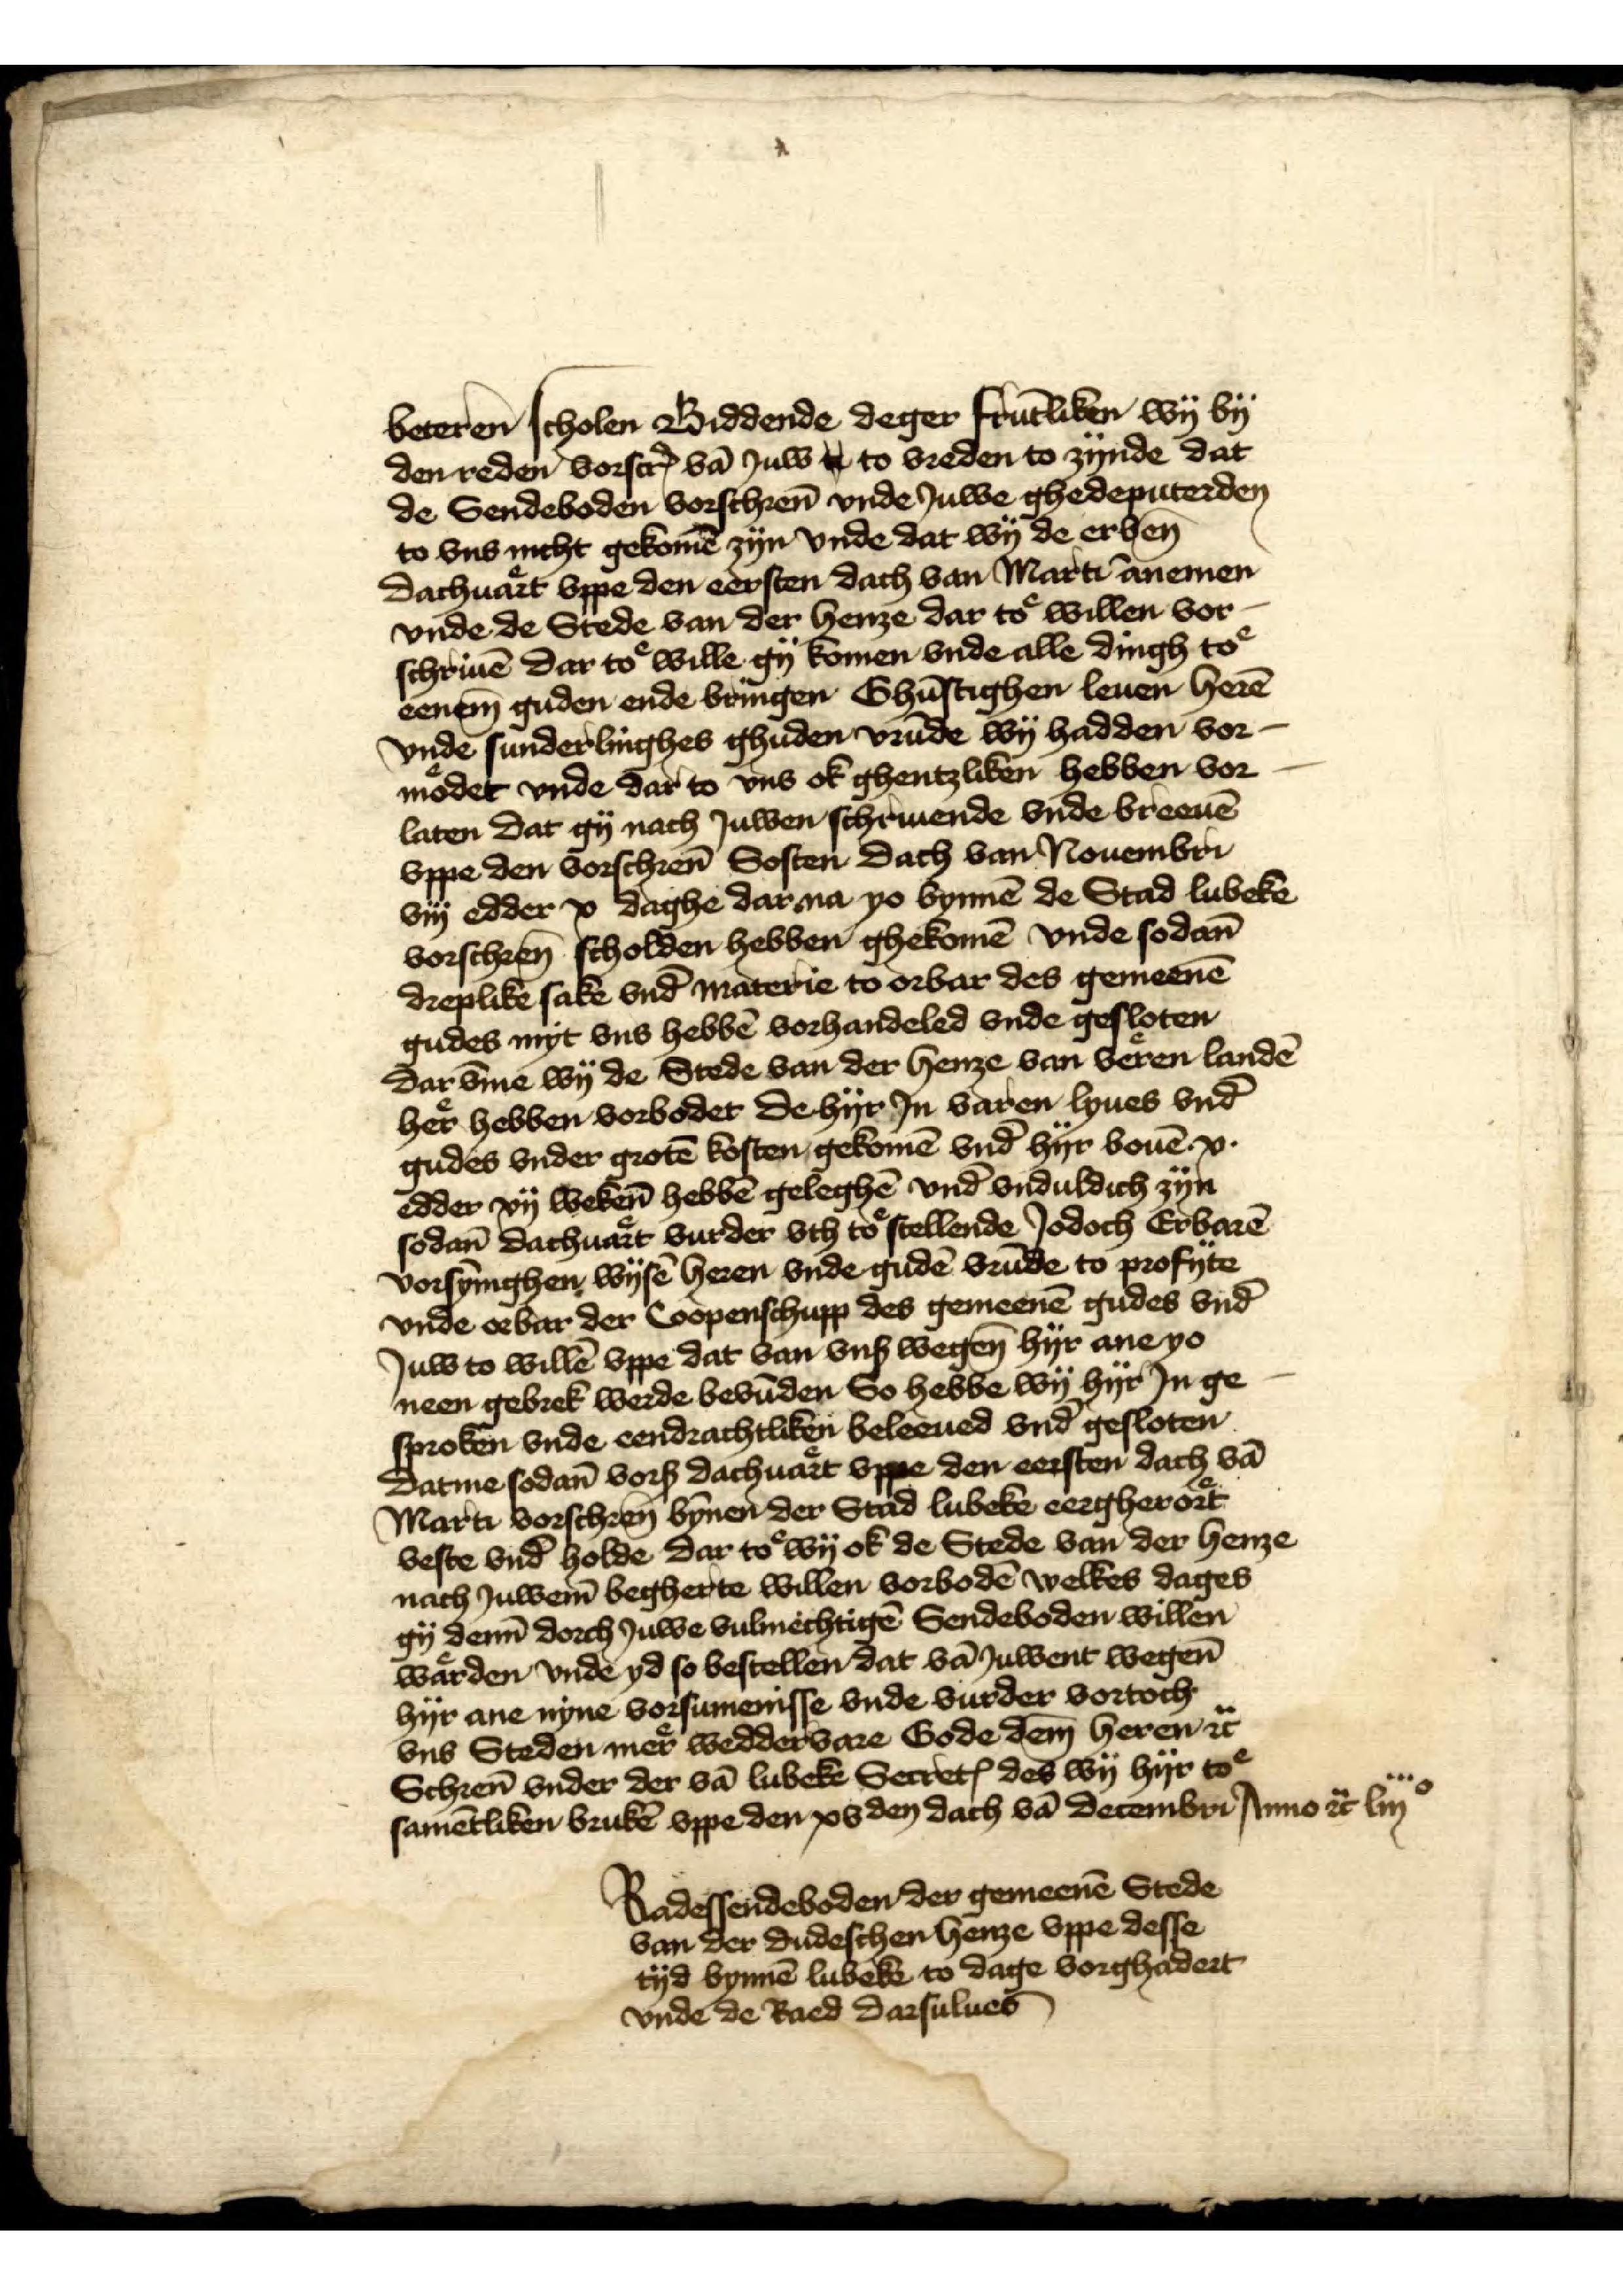
beteren scholen Biddende deger frūtliken wy by 
den reden vorscrꝬ vā Juw E to vreden to zynde dat 
de Sendeboden vorschrēn vnde Juwe ghedeputerden 
to vns nicht gekomē zyn vnde dat wy de erben̄ 
dachuart vppe den eersten dach van Marti ānemen 
vnde de Stede van der henze dar to willen vor¬
schriuē dar to wille gy komen vnde alle dingh to 
eenem̄ guden ende bringen Ghūstighen leuen herē 
vnde sunderlinghes ghuden vrūde wy hadden vor¬
modet vnde dar to vns ok ghentzliken hebben vor¬
laten dat gy nach Juwen schriuende vnde breeuē
vppe den vorschrēn Sosten dach van Nouembri
viij edder x daghe dar an yo bynnē de Stad Lubeke
vorscheen̄ scholden hebben ghekomē vnde sodan̄
dreplike sake vnd̄ materie to orbar des gemeenē
gudes myt vns hebbē vorhandeled vnde gesloten
dar v̄me wy de Stede van der henze van veren landē
her hebben vorbodet de hyr Jn varen lyues vnd̄
gudes vnder grotē kosten gekomē vnd hyr bouē x
edder xij weken hebbē geleghē vnd̄ vnduldich zyn
sodan̄ dachuart vurder vth to stellende Jodoch Erbarē 
vorsȳinghen wysē heren vnde gudē vrūde to profyte 
vnde orbar der Coopenschupp des gemeenē gudes vnd̄ 
Juw to willē vppe dat van vns wegen hyr ane yo 
neen gebrek werde bevūden So hebbe wy hyr Jn ge¬
spraken vnde eendrachtliken beleeued vnd̄ gesloten
datmē sodan̄ vorß dachuart vppe den eersten dach vā 
Marti vorschrēn bynen der Stad Lubeke eergherort 
veste vnd̄ holde dar to wy ok de Stede van der henze
nach Juwem̄ begherte willen vorbodē welkes dages 
gy denn̄ dorch Juwe vulmechtigē Sendeboden willen 
warden vnde yd so bestellen dat vā Juwent wegen̄ 
hyr ane nyne vorsumenisse vnde vurder vortoch
vns Steden mer weddervare Gode dem̄ heren et̉ 
Schrēn vnder der vā Lubeke SecretꝬ des wy hyr to 
samētliken brukē vppe den xsden dach vā Derembri Anno et̉ liijo 
Radessendeboden der gemeenē Stede 
van der dudeschen henze vppe desse
tyd bynnē Lubeke, to dage vorghadert 
vnde de Raed darsulues